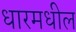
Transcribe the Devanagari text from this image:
धारमधील